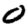
Digit: 0